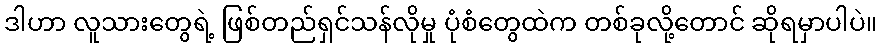
ဒါဟာ လူသားတွေရဲ့ ဖြစ်တည်ရှင်သန်လိုမှု ပုံစံတွေထဲက တစ်ခုလို့တောင် ဆိုရမှာပါပဲ။